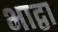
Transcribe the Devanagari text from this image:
भाद्वा